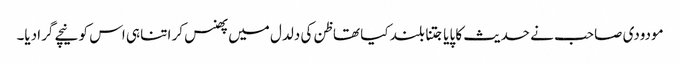
مودودی صاحب نے حدیث کا پایا جتنا بلند کیا تھا ظن کی دلدل میں پھنس کر اتنا ہی اس کو نیچے گرادیا۔